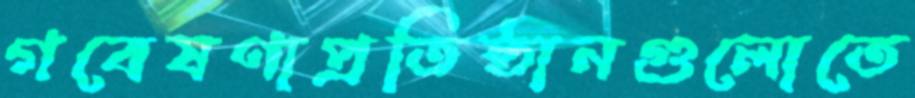
গবেষণাপ্রতিষ্ঠানগুলোতে